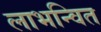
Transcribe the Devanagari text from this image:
लाभन्वित